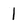
Character: 1